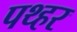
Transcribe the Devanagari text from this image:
पथ्हर